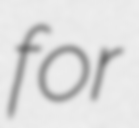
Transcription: for